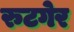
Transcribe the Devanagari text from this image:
रुटगेर